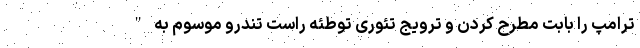
ترامپ را بابت مطرح کردن و ترویج تئوری توطئه راست تندرو موسوم به "